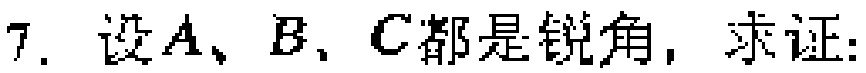
7. 设\(A、B、C\)都是锐角，求证: